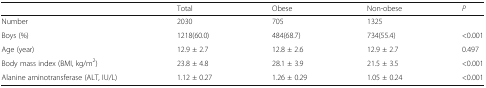
|  | Total | Obese | Non-obese | P |
 | --- | --- | --- | --- | --- |
 | Number | 2030 | 705 | 1325 |  |
 | Boys (%) | 1218(60.0) | 484(68.7) | 734(55.4) | <0.001 |
 | Age (year) | 12.9 ± 2.7 | 12.8 ± 2.6 | 12.9 ± 2.7 | 0.497 |
 | Body mass index (BMI, kg/m2) | 23.8 ± 4.8 | 28.1 ± 3.9 | 21.5 ± 3.5 | <0.001 |
 | Alanine aminotransferase (ALT, IU/L) | 1.12 ± 0.27 | 1.26 ± 0.29 | 1.05 ± 0.24 | <0.001 |